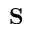
\mathbf { S }